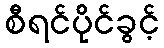
စီရင်ပိုင်ခွင့်